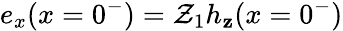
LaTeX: {e_{x}(x=0^{-})=\mathcal{Z}_{1}h_{\mathbf{z}}(x=0^{-})}